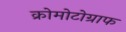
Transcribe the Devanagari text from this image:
क्रोमोटोग्राफ